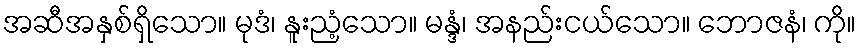
အဆီအနှစ်ရှိသော။ မုဒံ၊ နူးညံ့သော။ မန္ဒံ၊ အနည်းငယ်သော။ ဘောဇနံ၊ ကို။